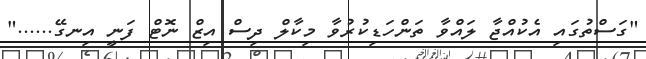
"ގަސްތުގައި އެކުއްޖާ ލައްވާ ތަންހަޑިކުރުވާ މިކާލް ދިސް އިޒް ނޮޓް ފަނީ އިނގޭ......"